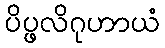
ပိပ္ဖလိဂုဟာယံ